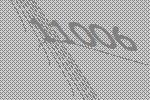
11006